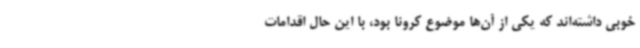
خوبی داشته‌اند که یکی از آن‌ها موضوع کرونا بود، با این حال اقدامات